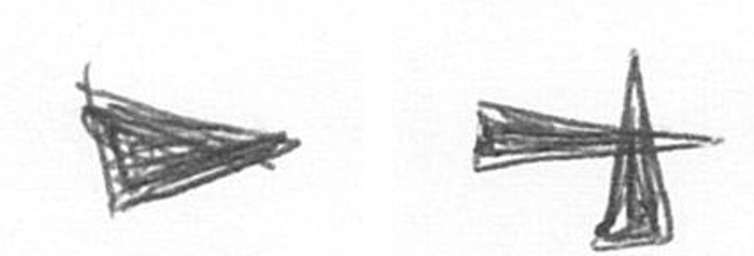
T G